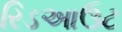
રિડઆઉટ